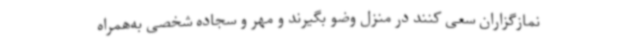
نمازگزاران سعی کنند در منزل وضو بگیرند و مهر و سجاده شخصی به‌همراه